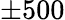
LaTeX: \pm 500